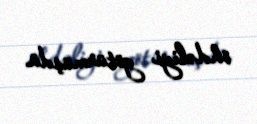
öhdəliyi götürmüşdü.